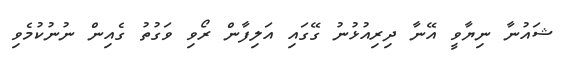
ޝައުނާ ނިޔާވީ އޭނާ ދިރިއުޅުނު ގޭގައި އަލިފާން ރޯވި ވަގުތު ގެެއިން ނުނުކުމެވި